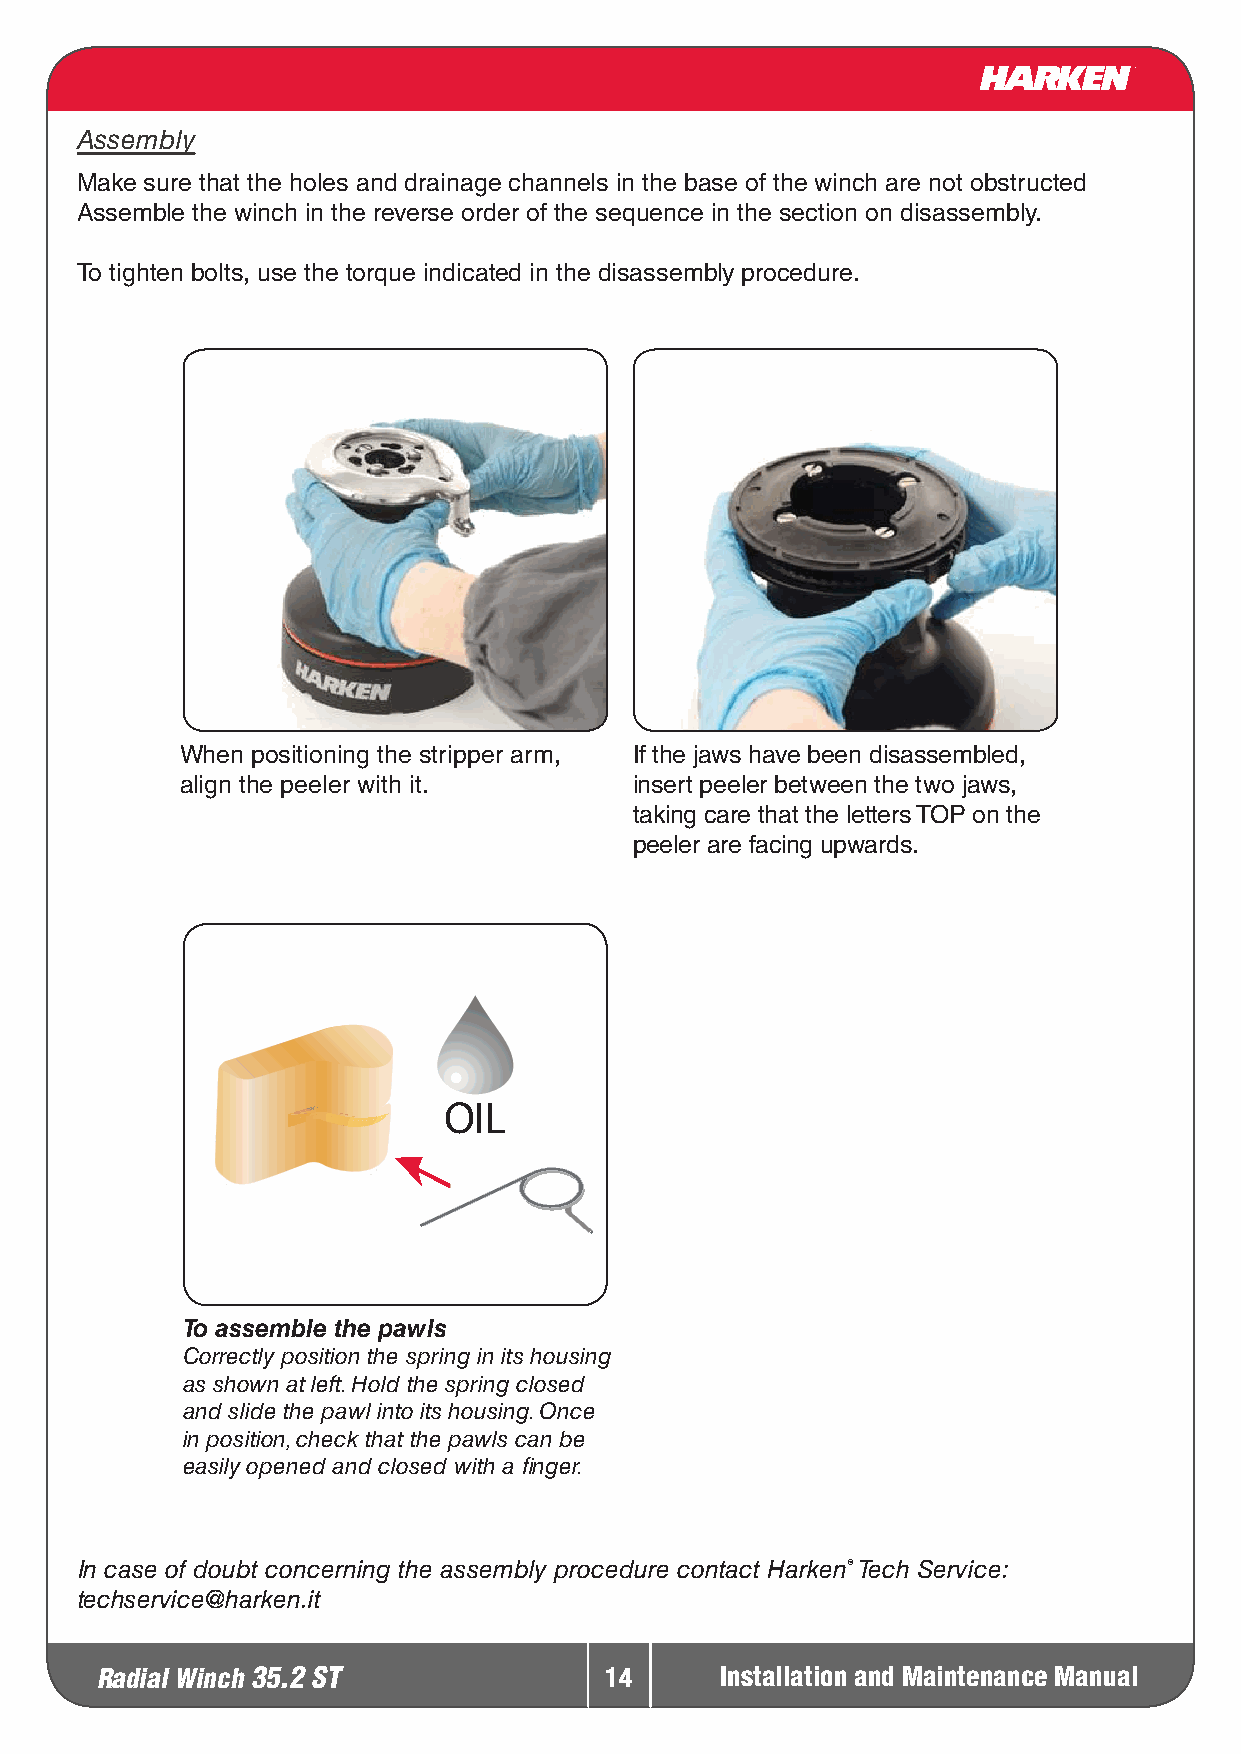
Assembly
 Make sure that the holes and drainage channels in the base of the winch are not obstructed
 Assemble the winch in the reverse order of the sequence in the section on disassembly.
 To tighten bolts, use the torque indicated in the disassembly procedure.
 When positioning the stripper arm, If the jaws have been disassembled,
 align the peeler with it.     insert peeler between the two jaws,
 taking care that the letters TOP on the
 peeler are facing upwards.
 OIL
 To assemble the pawls
 Correctly position the spring in its housing
 as shown at left. Hold the spring closed
 and slide the pawl into its housing. Once
 in position, check that the pawls can be
 easily opened and closed with a finger.
 In case of doubt concerning the assembly procedure contact Harken® Tech Service:
 techservice@harken.it
 Radial Winch 35.2 ST              14      Installation and Maintenance Manual